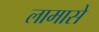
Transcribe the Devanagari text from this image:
लामासे